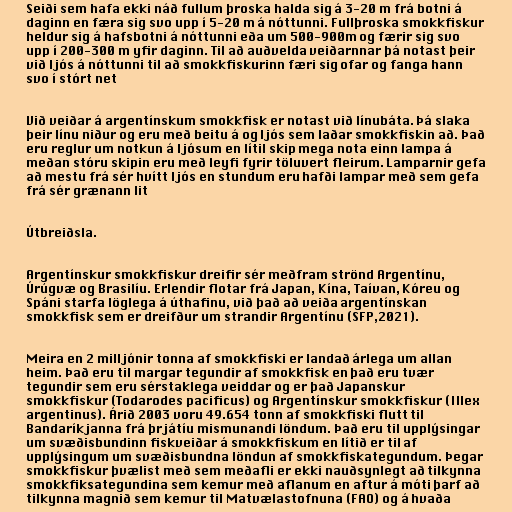
Seiði sem hafa ekki náð fullum þroska halda sig á 3-20 m frá botni á
daginn en færa sig svo upp í 5-20 m á nóttunni. Fullþroska smokkfiskur
heldur sig á hafsbotni á nóttunni eða um 500-900m og færir sig svo
upp í 200-300 m yfir daginn. Til að auðvelda veiðarnnar þá notast þeir
við ljós á nóttunni til að smokkfiskurinn færi sig ofar og fanga hann
svo í stórt net

Við veiðar á argentínskum smokkfisk er notast við línubáta. Þá slaka
þeir línu niður og eru með beitu á og ljós sem laðar smokkfiskin að. Það
eru reglur um notkun á ljósum en lítil skip mega nota einn lampa á
meðan stóru skipin eru með leyfi fyrir töluvert fleirum. Lamparnir gefa
að mestu frá sér hvítt ljós en stundum eru hafði lampar með sem gefa
frá sér grænann lit

Útbreiðsla.

Argentínskur smokkfiskur dreifir sér meðfram strönd Argentínu,
Úrúgvæ og Brasilíu. Erlendir flotar frá Japan, Kína, Taívan, Kóreu og
Spáni starfa löglega á úthafinu, við það að veiða argentínskan
smokkfisk sem er dreifður um strandir Argentínu (SFP,2021).

Meira en 2 milljónir tonna af smokkfiski er landað árlega um allan
heim. Það eru til margar tegundir af smokkfisk en það eru tvær
tegundir sem eru sérstaklega veiddar og er það Japanskur
smokkfiskur (Todarodes pacificus) og Argentínskur smokkfiskur (Illex
argentinus). Árið 2003 voru 49.654 tonn af smokkfiski flutt til
Bandaríkjanna frá þrjátíu mismunandi löndum. Það eru til upplýsingar
um svæðisbundinn fiskveiðar á smokkfiskum en lítið er til af
upplýsingum um svæðisbundna löndun af smokkfiskategundum. Þegar
smokkfiskur þvælist með sem meðafli er ekki nauðsynlegt að tilkynna
smokkfiksategundina sem kemur með aflanum en aftur á móti þarf að
tilkynna magnið sem kemur til Matvælastofnuna (FAO) og á hvaða